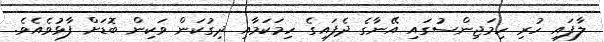
ލާފައި ހުރި ހިމަޖިންސުގައި އޭނާގެ ދެފައިގެ ހިމަކަމާއި ދިގުކަން ވަކިން ބޮޑަށް ފާޅުވެއެވެ.